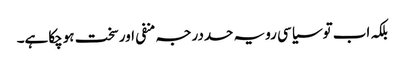
بلکہ اب توسیاسی رویہ حددرجہ منفی اورسخت ہوچکاہے۔